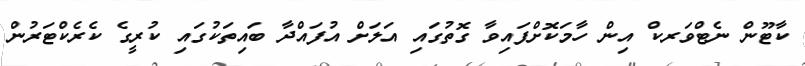
ކާޓޫން ނެޓްވަރކް އިން ހާމަކޮށްފައިވާ ގޮތުގައި އަލަށް އުފައްދާ ބައިތަކުގައި ކުރީގެ ކެރެކްޓަރުން